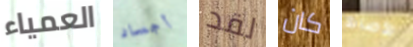
العمياء أجساد لقد كان الأصابع